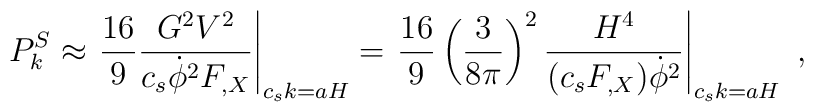
P_k^S \approx \left. \frac{16}{9} \frac{G^2 V^2}{c_s \dot{\phi}^2 F_{,X}} \right|_{c_s k = a H}= \left. \frac{16}{9} \left( \frac{3}{8 \pi} \right)^2\frac{H^4}{(c_s F_{,X}) \dot{\phi}^2}  \right|_{c_s k = a H}~,